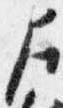
左